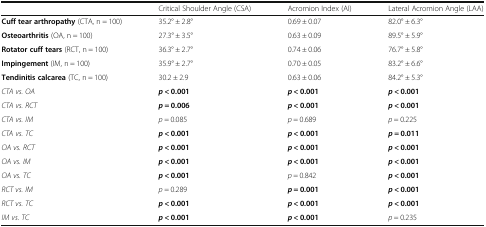
<table><thead><tr><td></td><td><b>Critical Shoulder Angle (CSA)</b></td><td><b>Acromion Index (AI)</b></td><td><b>Lateral Acromion Angle (LAA)</b></td></tr></thead><tbody><tr><td><b>Cuff tear arthropathy</b> (CTA, n = 100)</td><td>35.2° ± 2.8°</td><td>0.69 ± 0.07</td><td>82.0° ± 6.3°</td></tr><tr><td><b>Osteoarthritis</b> (OA, n = 100)</td><td>27.3° ± 3.5°</td><td>0.63 ± 0.09</td><td>89.5° ± 5.9°</td></tr><tr><td><b>Rotator cuff tears</b> (RCT, n = 100)</td><td>36.3° ± 2.7°</td><td>0.74 ± 0.06</td><td>76.7° ± 5.8°</td></tr><tr><td><b>Impingement</b> (IM, n = 100)</td><td>35.9° ± 2.7°</td><td>0.70 ± 0.05</td><td>83.2° ± 6.6°</td></tr><tr><td><b>Tendinitis calcarea</b> (TC, n = 100)</td><td>30.2 ± 2.9</td><td>0.63 ± 0.06</td><td>84.2° ± 5.3°</td></tr><tr><td><i>CTA vs. OA</i></td><td><b><i>p</i></b> <b>&lt; 0.001</b></td><td><b><i>p</i></b> <b>&lt; 0.001</b></td><td><b><i>p</i></b> <b>&lt; 0.001</b></td></tr><tr><td><i>CTA vs. RCT</i></td><td><b><i>p</i></b> <b>= 0.006</b></td><td><b><i>p</i></b> <b>&lt; 0.001</b></td><td><b><i>p</i></b> <b>&lt; 0.001</b></td></tr><tr><td><i>CTA vs. IM</i></td><td><i>p</i> = 0.085</td><td><i>p</i> = 0.689</td><td><i>p</i> = 0.225</td></tr><tr><td><i>CTA vs. TC</i></td><td><b><i>p</i></b> <b>&lt; 0.001</b></td><td><b><i>p</i></b> <b>&lt; 0.001</b></td><td><b><i>p</i></b> <b>= 0.011</b></td></tr><tr><td><i>OA vs. RCT</i></td><td><b><i>p</i></b> <b>&lt; 0.001</b></td><td><b><i>p</i></b> <b>&lt; 0.001</b></td><td><b><i>p</i></b> <b>&lt; 0.001</b></td></tr><tr><td><i>OA vs. IM</i></td><td><b><i>p</i></b> <b>&lt; 0.001</b></td><td><b><i>p</i></b> <b>&lt; 0.001</b></td><td><b><i>p</i></b> <b>&lt; 0.001</b></td></tr><tr><td><i>OA vs. TC</i></td><td><b><i>p</i></b> <b>&lt; 0.001</b></td><td><i>p</i> = 0.842</td><td><b><i>p</i></b> <b>&lt; 0.001</b></td></tr><tr><td><i>RCT vs. IM</i></td><td><i>p</i> = 0.289</td><td><b><i>p</i></b> <b>= 0.001</b></td><td><b><i>p</i></b> <b>&lt; 0.001</b></td></tr><tr><td><i>RCT vs. TC</i></td><td><b><i>p</i></b> <b>&lt; 0.001</b></td><td><b><i>p</i></b> <b>&lt; 0.001</b></td><td><b><i>p</i></b> <b>&lt; 0.001</b></td></tr><tr><td><i>IM vs. TC</i></td><td><b><i>p</i></b> <b>&lt; 0.001</b></td><td><b><i>p</i></b> <b>&lt; 0.001</b></td><td><i>p</i> = 0.235</td></tr></tbody></table>